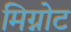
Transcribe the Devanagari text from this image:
मिग्नोट